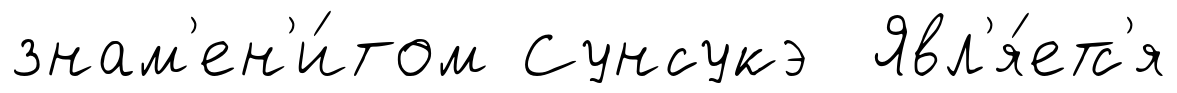
знам'ен'и́том Сунсукэ Явл'я́етс'я